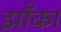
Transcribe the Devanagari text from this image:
झाँका